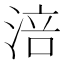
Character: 涪